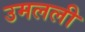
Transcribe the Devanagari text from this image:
उमलली